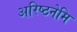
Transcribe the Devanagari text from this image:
अरिष्ठनेमि